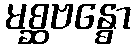
မစ္ဆဗန္ဓော